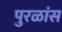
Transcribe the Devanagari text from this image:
पुरळांस